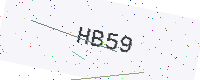
Text: HB59